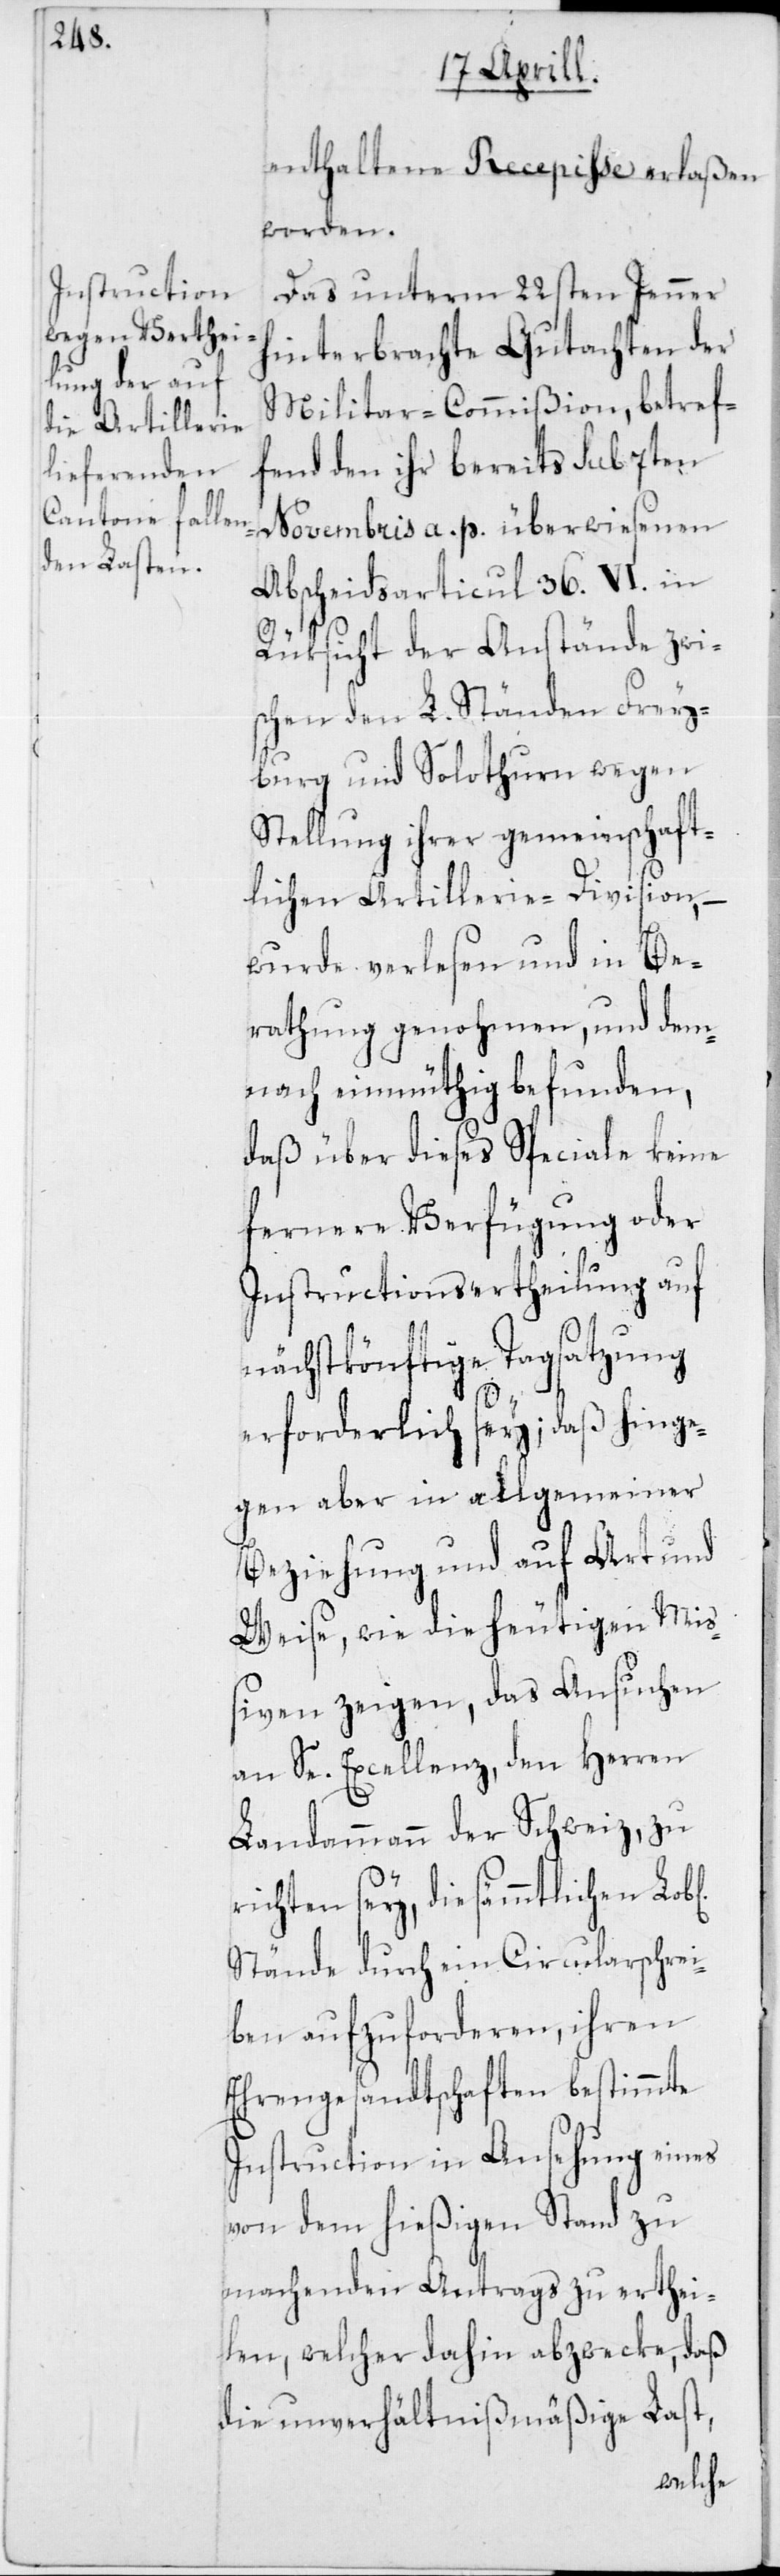
enthaltene Recepisse erlaßen
worden.
Das unterm 22sten Jenner
hinterbrachte Gutachten der
Militar-Commißion, betref¬
fend den ihr bereits sub 7ten
Novembris a. p. überwiesenen
Abscheidsarticul 36. VI. in
Rüksicht der Anstände zwi¬
schen den L. Ständen Frey¬
burg und Solothurn wegen
Stellung ihrer gemeinschaft¬
lichen Artillerie-Division, –
wurde verlesen und in Be¬
rathung genohmen, und dem¬
nach einmüthig befunden,
daß über dieses Speciale keine
fernere Verfügung oder
Instructionsertheilung auf
nächstkönftige Tagsatzung
erforderlich sey; daß hinge¬
gen aber in allgemeiner
Beziehung und auf Art und
Weise, wie die heutigen Miß¬
iven zeigen, das Ansuchen
an Se. Excellenz, den Herren
Landammann der Schweiz, zu
richten sey, die sämmtlichen
Stände durch ein Circularschrei¬
ben aufzuforderen, ihren
Ehrengesandtschaften bestimmte
Instruction in Ansehung eines
von dem hießigen Stand zu
machenden Antrags zu erthei¬
len, welcher dahin abzwecke, daß
die unverhältnißmäßige Last,